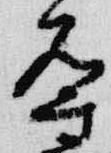
導